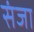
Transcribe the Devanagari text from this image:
संजा